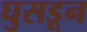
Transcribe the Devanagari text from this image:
घुसडून